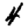
Digit: 4